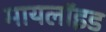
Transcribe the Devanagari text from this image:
मायलॉइड